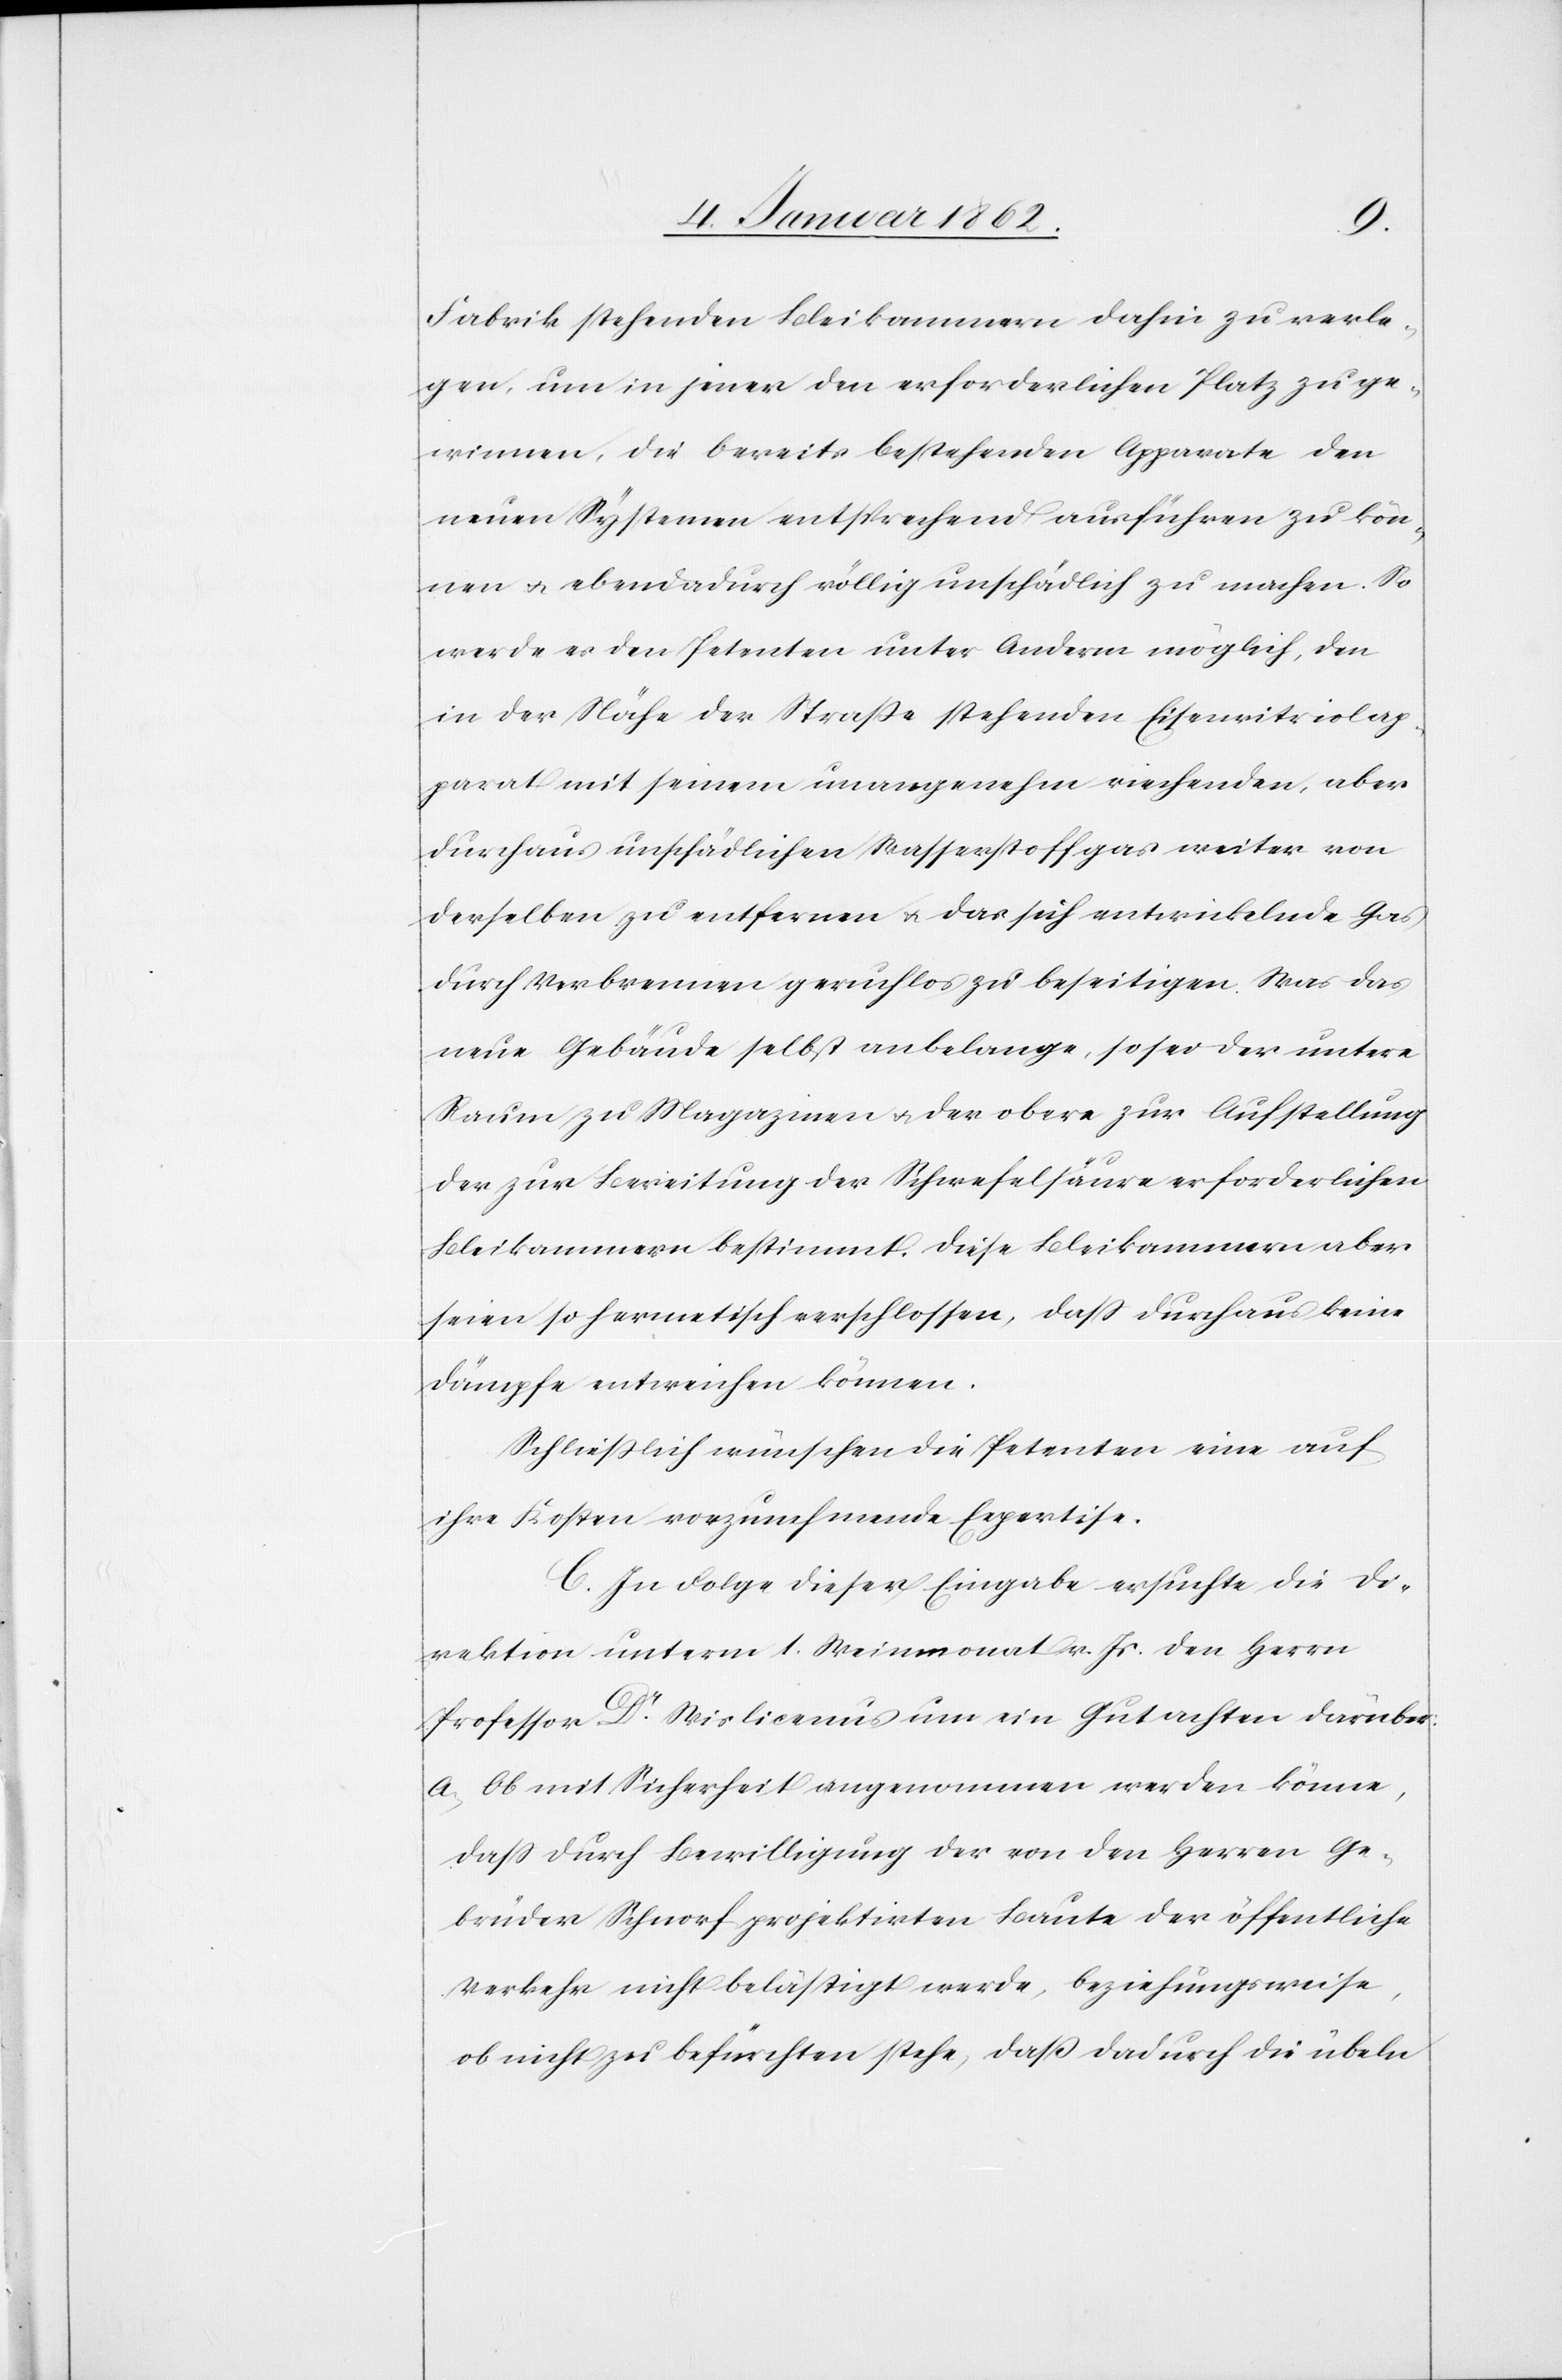
Fabrik stehenden Bleikammern dahin zu verle¬
gen, um in jener den erforderlichen Platz zu ge¬
winnen, die bereits bestehenden Apparate den
neuen Systemen entsprechend ausführen zu kön¬
nen u. ebendadurch völlig unschädlich zu machen. So
werde es den Petenten unter Anderm möglich, den
in der Nähe der Straße stehenden Eisenvitriolap¬
parat mit seinem unangenehm riechenden, aber
durchaus unschädlichen Wasserstoffgas weiter von
derselben zu entfernen u. das sich entwickelnde Gas
durch Verbrennen geruchlos zu beseitigen. Was das
neue Gebäude selbst anbelange, so sei der untere
Raum zu Magazinen u. der obere zur Aufstellung
der zur Beseitigung der Schwefelsäure erforderlichen
Bleikammern bestimmt. Diese Bleikammern aber
seien so hermetisch verschlossen, daß durchaus keine
Dämpfe entweichen können.
Schließlich wünschen die Petenten eine auf
ihre Kosten vorzunehmende Expertise.
C. In Folge dieser Eingabe ersuchte die Di¬
rektion unterm 1. Weinmonat v. Js. den Herrn
Professor Dr. Wislicenus um ein Gutachten darüber:
a Ob mit Sicherheit angenommen werden könne,
daß durch Bewilligung der von den Herren Ge¬
brüder Schnorf projektirten Baute der öffentliche
Verkehr nicht belästigt werde, beziehungsweise,
ob nicht zu befürchten stehe, daß dadurch die übeln